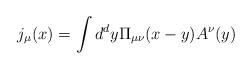
LaTeX: \begin{align*}j_\mu(x)=\int d^dy\Pi_{\mu\nu}(x-y)A^\nu(y)\end{align*}